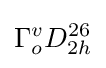
\Gamma _{o}^{v}D_{2h}^{26}